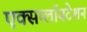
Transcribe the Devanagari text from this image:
एक्सप्लॉयटेशन